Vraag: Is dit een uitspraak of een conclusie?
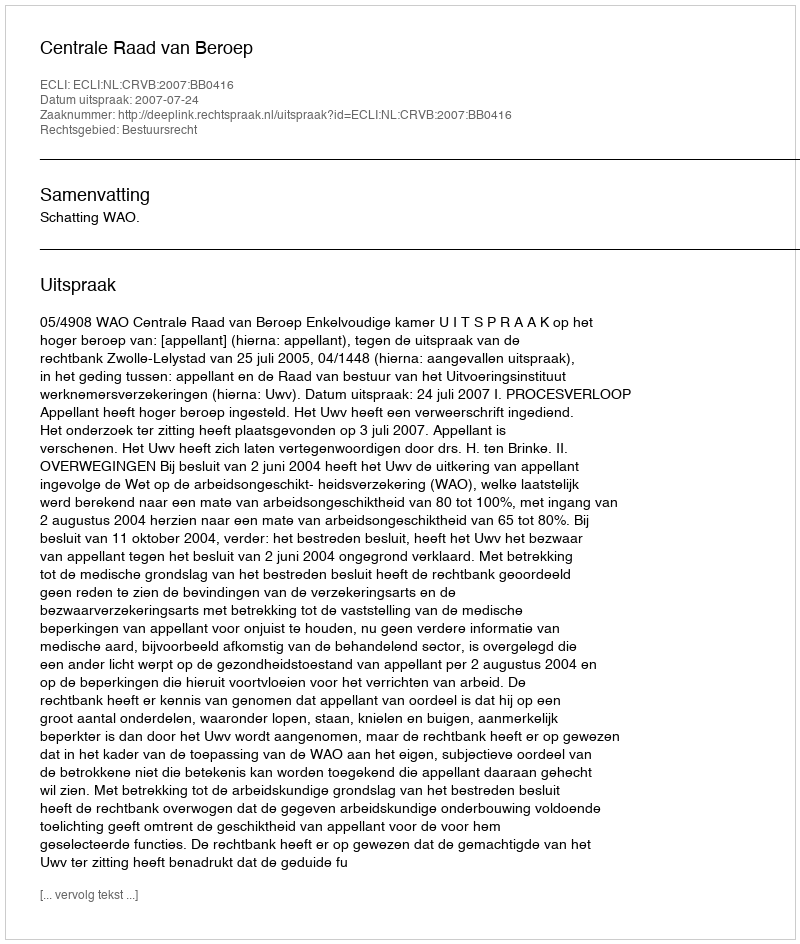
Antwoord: Uitspraak